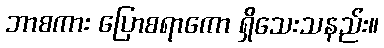
ဘာစကား ပြောစရာကော ရှိသေးသနည်း။